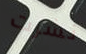
نشرت